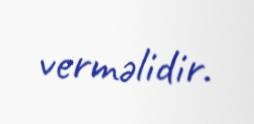
verməlidir.